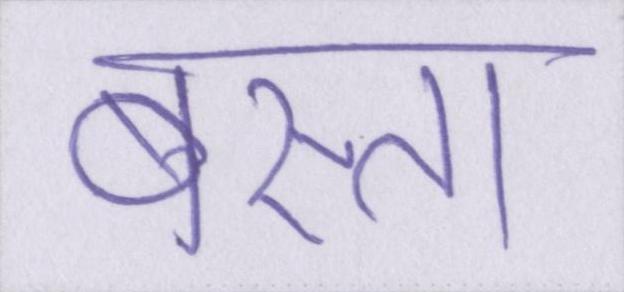
बस्ता